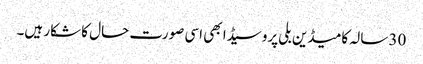
30 سالہ کامیڈین بلی پروسیڈا بھی اسی صورت حال کا شکار ہیں۔